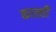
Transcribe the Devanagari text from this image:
कास्ती